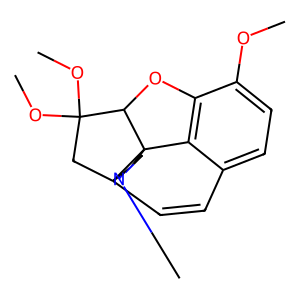
SMILES: COc1ccc2c3c1OC1C(OC)(OC)CC4(C=C2)CN(C)CCC314
Inhibits HIV replication: No